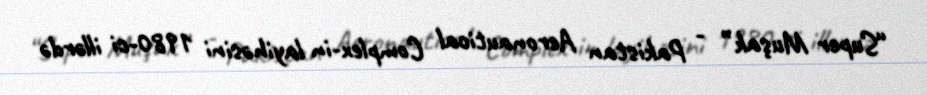
“Super Muşak” - Pakistan Aeronautical Complex-in layihəsini 1980-ci illərdə